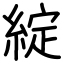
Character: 綻